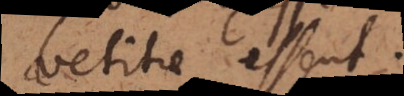
vetitae essent.